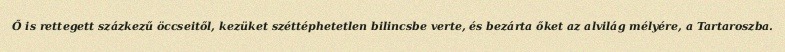
Ő is rettegett százkezű öccseitől, kezüket széttéphetetlen bilincsbe verte, és bezárta őket az alvilág mélyére, a Tartaroszba.